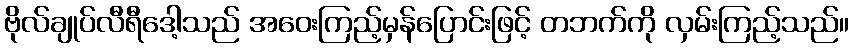
ဗိုလ်ချုပ်လီရီဒေါ့သည် အဝေးကြည့်မှန်ပြောင်းဖြင့် တဘက်ကို လှမ်းကြည့်သည်။